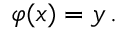
\varphi ( x ) = y \, .